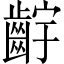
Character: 𬹷